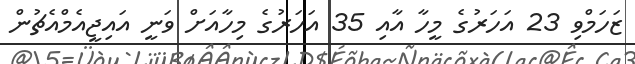
ޒަހަމްވި 23 އަހަރުގެ މީހާ އާއި 35 އަހަރުގެ މިހާއަށް ވަނީ އައިޖީއެމްއެޗުން